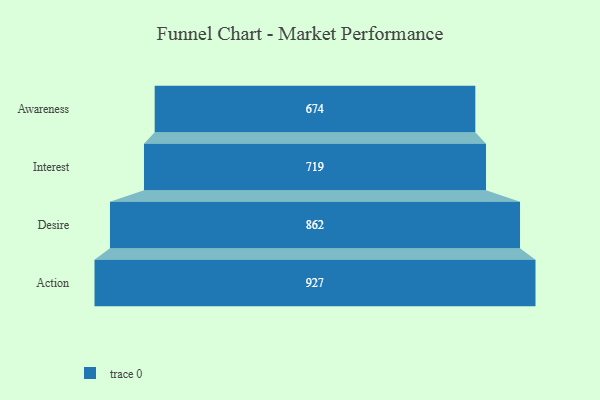
{"axis": {"x": "Stage", "y": "Value"}, "legend": [""], "data": [{"x": "Awareness", "y": 674.0, "type": ""}, {"x": "Interest", "y": 719.0, "type": ""}, {"x": "Desire", "y": 862.0, "type": ""}, {"x": "Action", "y": 927.0, "type": ""}]}